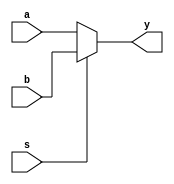
`timescale 1ns/1ps
module mux2x32 (a, b, s, y);
    
    input [31:0] a, b; 
    input s;
    output [31:0] y;

    assign y = s ? b : a; 
 
endmodule